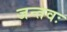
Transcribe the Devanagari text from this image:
जन्तवः